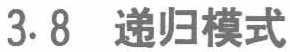
3.8 递归模式